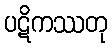
ပဋိကဿတု